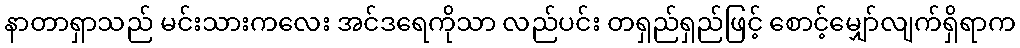
နာတာရှာသည် မင်းသားကလေး အင်ဒရေကိုသာ လည်ပင်း တရှည်ရှည်ဖြင့် စောင့်မျှော်လျက်ရှိရာက